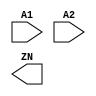
module AND2_X1_LVT(A1, A2, ZN);
  input A1;
  input A2;
  output ZN;
endmodule

module AND2_X2_LVT(A1, A2, ZN);
  input A1;
  input A2;
  output ZN;
endmodule

module AND2_X4_LVT(A1, A2, ZN);
  input A1;
  input A2;
  output ZN;
endmodule

module AND3_X1_LVT(A1, A2, A3, ZN);
  input A1;
  input A2;
  input A3;
  output ZN;
endmodule

module AND3_X2_LVT(A1, A2, A3, ZN);
  input A1;
  input A2;
  input A3;
  output ZN;
endmodule

module AND3_X4_LVT(A1, A2, A3, ZN);
  input A1;
  input A2;
  input A3;
  output ZN;
endmodule

module AND4_X1_LVT(A1, A2, A3, A4,ZN);
  input A1;
  input A2;
  input A3;
  input A4;
  output ZN;
endmodule

module AND4_X2_LVT(A1, A2, A3, A4,ZN);
  input A1;
  input A2;
  input A3;
  input A4;
  output ZN;
endmodule

module AND4_X4_LVT(A1, A2, A3, A4,ZN);
  input A1;
  input A2;
  input A3;
  input A4;
  output ZN;
endmodule

module ANTENNA_X1_LVT(A);
  input A;
endmodule

module AOI211_X1_LVT(A, B, C1, C2,ZN);
  input A;
  input B;
  input C1;
  input C2;
  output ZN;
endmodule

module AOI211_X2_LVT(A, B, C1, C2,ZN);
  input A;
  input B;
  input C1;
  input C2;
  output ZN;
endmodule

module AOI211_X4_LVT(A, B, C1, C2,ZN);
  input A;
  input B;
  input C1;
  input C2;
  output ZN;
endmodule

module AOI21_X1_LVT(A, B1, B2, ZN);
  input A;
  input B1;
  input B2;
  output ZN;
endmodule

module AOI21_X2_LVT(A, B1, B2, ZN);
  input A;
  input B1;
  input B2;
  output ZN;
endmodule

module AOI21_X4_LVT(A, B1, B2, ZN);
  input A;
  input B1;
  input B2;
  output ZN;
endmodule

module AOI221_X1_LVT(A, B1, B2, C1,C2, ZN);
  input A;
  input B1;
  input B2;
  input C1;
  input C2;
  output ZN;
endmodule

module AOI221_X2_LVT(A, B1, B2, C1,C2, ZN);
  input A;
  input B1;
  input B2;
  input C1;
  input C2;
  output ZN;
endmodule

module AOI221_X4_LVT(A, B1, B2, C1,C2, ZN);
  input A;
  input B1;
  input B2;
  input C1;
  input C2;
  output ZN;
endmodule

module AOI222_X1_LVT(A1, A2, B1, B2,C1, C2, ZN);
  input A1;
  input A2;
  input B1;
  input B2;
  input C1;
  input C2;
  output ZN;
endmodule

module AOI222_X2_LVT(A1, A2, B1, B2,C1, C2, ZN);
  input A1;
  input A2;
  input B1;
  input B2;
  input C1;
  input C2;
  output ZN;
endmodule

module AOI222_X4_LVT(A1, A2, B1, B2,C1, C2, ZN);
  input A1;
  input A2;
  input B1;
  input B2;
  input C1;
  input C2;
  output ZN;
endmodule

module AOI22_X1_LVT(A1, A2, B1, B2,ZN);
  input A1;
  input A2;
  input B1;
  input B2;
  output ZN;
endmodule

module AOI22_X2_LVT(A1, A2, B1, B2,ZN);
  input A1;
  input A2;
  input B1;
  input B2;
  output ZN;
endmodule

module AOI22_X4_LVT(A1, A2, B1, B2,ZN);
  input A1;
  input A2;
  input B1;
  input B2;
  output ZN;
endmodule

module BUF_X16_LVT(A, Z);
  input A;
  output Z;
endmodule

module BUF_X1_LVT(A, Z);
  input A;
  output Z;
endmodule

module BUF_X2_LVT(A, Z);
  input A;
  output Z;
endmodule

module BUF_X32_LVT(A, Z);
  input A;
  output Z;
endmodule

module BUF_X4_LVT(A, Z);
  input A;
  output Z;
endmodule

module BUF_X8_LVT(A, Z);
  input A;
  output Z;
endmodule

module CLKBUF_X1_LVT(A, Z);
  input A;
  output Z;
endmodule

module CLKBUF_X2_LVT(A, Z);
  input A;
  output Z;
endmodule

module CLKBUF_X3_LVT(A, Z);
  input A;
  output Z;
endmodule

/* module "CLKGATETST_X1_LVT_$_IQ"(CK, E, SE, IQ);
 *   input CK;
 *   input E;
 *   input SE;
 *   output IQ;
 * endmodule */

module CLKGATETST_X1_LVT(CK, E, GCK, SE);
    input CK;
    input E;
    input SE;
    output GCK;
endmodule

/* module "CLKGATETST_X2_LVT_$_IQ"(CK, E, SE, IQ);
 *   input CK;
 *   input E;
 *   input SE;
 *   output IQ;
 * endmodule */

module CLKGATETST_X2_LVT(CK, E, GCK, SE);
    input CK;
    input E;
    input SE;
    output GCK;
endmodule

/* module "CLKGATETST_X4_LVT_$_IQ"(CK, E, SE, IQ);
 *   input CK;
 *   input E;
 *   input SE;
 *   output IQ;
 * endmodule */

module CLKGATETST_X4_LVT(CK, E, GCK, SE);
    input CK;
    input E;
    input SE;
    output GCK;
endmodule

/* module "CLKGATETST_X8_LVT_$_IQ"(CK, E, SE, IQ);
 *   input CK;
 *   input E;
 *   input SE;
 *   output IQ;
 * endmodule */

module CLKGATETST_X8_LVT(CK, E, GCK, SE);
    input CK;
    input E;
    input SE;
    output GCK;
endmodule

/* module "CLKGATE_X1_LVT_$_IQ"(CK, E, IQ);
 *     input CK;
 *     input E;
 *     output IQ;
 * endmodule */

module CLKGATE_X1_LVT(CK, E, GCK);
  input CK;
  input E;
  output GCK;
endmodule

/* module "CLKGATE_X2_LVT_$_IQ"(CK, E, IQ);
 *     input CK;
 *     input E;
 *     output IQ;
 * endmodule */

module CLKGATE_X2_LVT(CK, E, GCK);
  input CK;
  input E;
  output GCK;
endmodule

/* module "CLKGATE_X4_LVT_$_IQ"(CK, E, IQ);
 *     input CK;
 *     input E;
 *     output IQ;
 * endmodule */

module CLKGATE_X4_LVT(CK, E, GCK);
  input CK;
  input E;
  output GCK;
endmodule

/* module "CLKGATE_X8_LVT_$_IQ"(CK, E, IQ);
 *     input CK;
 *     input E;
 *     output IQ;
 * endmodule */

module CLKGATE_X8_LVT(CK, E, GCK);
  input CK;
  input E;
  output GCK;
endmodule

module DFFRS_X1_LVT(CK, D, Q, QN,RN, SN);
  input CK;
  input D;
  input RN;
  input SN;
  output Q;
  output QN;
endmodule

module DFFRS_X2_LVT(CK, D, Q, QN,RN, SN);
  input CK;
  input D;
  input RN;
  input SN;
  output Q;
  output QN;
endmodule

module DFFR_X1_LVT(CK, D, Q, QN,RN);
  input CK;
  input D;
  input RN;
  output Q;
  output QN;
endmodule

module DFFR_X2_LVT(CK, D, Q, QN,RN);
  input CK;
  input D;
  input RN;
  output Q;
  output QN;
endmodule

module DFFS_X1_LVT(CK, D, Q, QN, SN);
  input CK;
  input D;
  input SN;
  output Q;
  output QN;
endmodule

module DFFS_X2_LVT(CK, D, Q, QN, SN);
  input CK;
  input D;
  input SN;
  output Q;
  output QN;
endmodule

module DFF_X1_LVT(CK, D, Q, QN);
  input CK;
  input D;
  output Q;
  output QN;
endmodule

module DFF_X2_LVT(CK, D, Q, QN);
  input CK;
  input D;
  output Q;
  output QN;
endmodule

module DLH_X1_LVT(D, G, Q);
  input D;
  input G;
  output Q;
endmodule

module DLH_X2_LVT(D, G, Q);
  input D;
  input G;
  output Q;
endmodule

module DLL_X1_LVT(D, GN, Q);
  input D;
  input GN;
  output Q;
endmodule

module DLL_X2_LVT(D, GN, Q);
  input D;
  input GN;
  output Q;
endmodule

module FA_X1_LVT(A, B, CI, CO,S);
  input A;
  input B;
  input CI;
  output CO;
  output S;
endmodule

module FILLCELL_X16_LVT();
endmodule

module FILLCELL_X1_LVT( );
endmodule

module FILLCELL_X2_LVT( );
endmodule

module FILLCELL_X32_LVT( );
endmodule

module FILLCELL_X4_LVT( );
endmodule

module FILLCELL_X8_LVT( );
endmodule

module HA_X1_LVT(A, B, CO, S);
  input A;
  input B;
  output CO;
  output S;
endmodule

module INV_X16_LVT(A, ZN);
  input A;
  output ZN;
endmodule

module INV_X1_LVT(A, ZN);
  input A;
  output ZN;
endmodule

module INV_X2_LVT(A, ZN);
  input A;
  output ZN;
endmodule

module INV_X32_LVT(A, ZN);
  input A;
  output ZN;
endmodule

module INV_X4_LVT(A, ZN);
  input A;
  output ZN;
endmodule

module INV_X8_LVT(A, ZN);
  input A;
  output ZN;
endmodule

module LOGIC0_X1_LVT(Z);
  output Z;
endmodule

module LOGIC1_X1_LVT(Z);
  output Z;
endmodule

module MUX2_X1_LVT(A, B, S, Z);
  input A;
  input B;
  input S;
  output Z;
endmodule

module MUX2_X2_LVT(A, B, S, Z);
  input A;
  input B;
  input S;
  output Z;
endmodule

module NAND2_X1_LVT(A1, A2, ZN);
  input A1;
  input A2;
  output ZN;
endmodule

module NAND2_X2_LVT(A1, A2, ZN);
  input A1;
  input A2;
  output ZN;
endmodule

module NAND2_X4_LVT(A1, A2, ZN);
  input A1;
  input A2;
  output ZN;
endmodule

module NAND3_X1_LVT(A1, A2, A3, ZN);
  input A1;
  input A2;
  input A3;
  output ZN;
endmodule

module NAND3_X2_LVT(A1, A2, A3, ZN);
  input A1;
  input A2;
  input A3;
  output ZN;
endmodule

module NAND3_X4_LVT(A1, A2, A3, ZN);
  input A1;
  input A2;
  input A3;
  output ZN;
endmodule

module NAND4_X1_LVT(A1, A2, A3, A4,ZN);
  input A1;
  input A2;
  input A3;
  input A4;
  output ZN;
endmodule

module NAND4_X2_LVT(A1, A2, A3, A4,ZN);
  input A1;
  input A2;
  input A3;
  input A4;
  output ZN;
endmodule

module NAND4_X4_LVT(A1, A2, A3, A4,ZN);
  input A1;
  input A2;
  input A3;
  input A4;
  output ZN;
endmodule

module NOR2_X1_LVT(A1, A2, ZN);
  input A1;
  input A2;
  output ZN;
endmodule

module NOR2_X2_LVT(A1, A2, ZN);
  input A1;
  input A2;
  output ZN;
endmodule

module NOR2_X4_LVT(A1, A2, ZN);
  input A1;
  input A2;
  output ZN;
endmodule

module NOR3_X1_LVT(A1, A2, A3, ZN);
  input A1;
  input A2;
  input A3;
  output ZN;
endmodule

module NOR3_X2_LVT(A1, A2, A3, ZN);
  input A1;
  input A2;
  input A3;
  output ZN;
endmodule

module NOR3_X4_LVT(A1, A2, A3, ZN);
  input A1;
  input A2;
  input A3;
  output ZN;
endmodule

module NOR4_X1_LVT(A1, A2, A3, A4,ZN);
  input A1;
  input A2;
  input A3;
  input A4;
  output ZN;
endmodule

module NOR4_X2_LVT(A1, A2, A3, A4,ZN);
  input A1;
  input A2;
  input A3;
  input A4;
  output ZN;
endmodule

module NOR4_X4_LVT(A1, A2, A3, A4, ZN);
  input A1;
  input A2;
  input A3;
  input A4;
  output ZN;
endmodule

module OAI211_X1_LVT(A, B, C1, C2, ZN);
  input A;
  input B;
  input C1;
  input C2;
  output ZN;
endmodule

module OAI211_X2_LVT(A, B, C1, C2, ZN);
  input A;
  input B;
  input C1;
  input C2;
  output ZN;
endmodule

module OAI211_X4_LVT(A, B, C1, C2, ZN);
  input A;
  input B;
  input C1;
  input C2;
  output ZN;
endmodule

module OAI21_X1_LVT(A, B1, B2, ZN);
  input A;
  input B1;
  input B2;
  output ZN;
endmodule

module OAI21_X2_LVT(A, B1, B2, ZN);
  input A;
  input B1;
  input B2;
  output ZN;
endmodule

module OAI21_X4_LVT(A, B1, B2, ZN);
  input A;
  input B1;
  input B2;
  output ZN;
endmodule

module OAI221_X1_LVT(A, B1, B2, C1,C2, ZN);
  input A;
  input B1;
  input B2;
  input C1;
  input C2;
  output ZN;
endmodule

module OAI221_X2_LVT(A, B1, B2, C1,C2, ZN);
  input A;
  input B1;
  input B2;
  input C1;
  input C2;
  output ZN;
endmodule

module OAI221_X4_LVT(A, B1, B2, C1,C2, ZN);
  input A;
  input B1;
  input B2;
  input C1;
  input C2;
  output ZN;
endmodule

module OAI222_X1_LVT(A1, A2, B1, B2,C1, C2, ZN);
  input A1;
  input A2;
  input B1;
  input B2;
  input C1;
  input C2;
  output ZN;
endmodule

module OAI222_X2_LVT(A1, A2, B1, B2,C1, C2, ZN);
  input A1;
  input A2;
  input B1;
  input B2;
  input C1;
  input C2;
  output ZN;
endmodule

module OAI222_X4_LVT(A1, A2, B1, B2,C1, C2, ZN);
  input A1;
  input A2;
  input B1;
  input B2;
  input C1;
  input C2;
  output ZN;
endmodule

module OAI22_X1_LVT(A1, A2, B1, B2,ZN);
  input A1;
  input A2;
  input B1;
  input B2;
  output ZN;
endmodule

module OAI22_X2_LVT(A1, A2, B1, B2,ZN);
  input A1;
  input A2;
  input B1;
  input B2;
  output ZN;
endmodule

module OAI22_X4_LVT(A1, A2, B1, B2,ZN);
  input A1;
  input A2;
  input B1;
  input B2;
  output ZN;
endmodule

module OAI33_X1_LVT(A1, A2, A3, B1,B2, B3, ZN);
  input A1;
  input A2;
  input A3;
  input B1;
  input B2;
  input B3;
  output ZN;
endmodule

module OR2_X1_LVT(A1, A2, ZN);
  input A1;
  input A2;
  output ZN;
endmodule

module OR2_X2_LVT(A1, A2, ZN);
  input A1;
  input A2;
  output ZN;
endmodule

module OR2_X4_LVT(A1, A2, ZN);
  input A1;
  input A2;
  output ZN;
endmodule

module OR3_X1_LVT(A1, A2, A3, ZN);
  input A1;
  input A2;
  input A3;
  output ZN;
endmodule

module OR3_X2_LVT(A1, A2, A3, ZN);
  input A1;
  input A2;
  input A3;
  output ZN;
endmodule

module OR3_X4_LVT(A1, A2, A3, ZN);
  input A1;
  input A2;
  input A3;
  output ZN;
endmodule

module OR4_X1_LVT(A1, A2, A3, A4, ZN);
  input A1;
  input A2;
  input A3;
  input A4;
  output ZN;
endmodule

module OR4_X2_LVT(A1, A2, A3, A4, ZN);
  input A1;
  input A2;
  input A3;
  input A4;
  output ZN;
endmodule

module OR4_X4_LVT(A1, A2, A3, A4, ZN);
  input A1;
  input A2;
  input A3;
  input A4;
  output ZN;
endmodule

module SDFFRS_X1_LVT(CK, D, Q, QN,RN, SE, SI, SN);
  input CK;
  input D;
  input RN;
  input SE;
  input SI;
  input SN;
  output Q;
  output QN;
endmodule

module SDFFRS_X2_LVT(CK, D, Q, QN,RN, SE, SI, SN);
  input CK;
  input D;
  input RN;
  input SE;
  input SI;
  input SN;
  output Q;
  output QN;
endmodule

module SDFFR_X1_LVT(CK, D, Q, QN,RN, SE, SI);
  input CK;
  input D;
  input RN;
  input SE;
  input SI;
  output Q;
  output QN;
endmodule

module SDFFR_X2_LVT(CK, D, Q, QN,RN, SE, SI);
  input CK;
  input D;
  input RN;
  input SE;
  input SI;
  output Q;
  output QN;
endmodule

module SDFFS_X1_LVT(CK, D, Q, QN, SE, SI, SN);
  input CK;
  input D;
  input SE;
  input SI;
  input SN;
  output Q;
  output QN;
endmodule

module SDFFS_X2_LVT(CK, D, Q, QN, SE, SI, SN);
  input CK;
  input D;
  input SE;
  input SI;
  input SN;
  output Q;
  output QN;
endmodule

module SDFF_X1_LVT(CK, D, Q, QN,SE, SI);
  input CK;
  input D;
  input SE;
  input SI;
  output Q;
  output QN;
endmodule

module SDFF_X2_LVT(CK, D, Q, QN,SE, SI);
  input CK;
  input D;
  input SE;
  input SI;
  output Q;
  output QN;
endmodule

module TBUF_X16_LVT(A, EN, Z);
  input A;
  input EN;
  output Z;
endmodule

module TBUF_X1_LVT(A, EN, Z);
  input A;
  input EN;
  output Z;
endmodule

module TBUF_X2_LVT(A, EN, Z);
  input A;
  input EN;
  output Z;
endmodule

module TBUF_X4_LVT(A, EN, Z);
  input A;
  input EN;
  output Z;
endmodule

module TBUF_X8_LVT(A, EN, Z);
  input A;
  input EN;
  output Z;
endmodule

module TINV_X1_LVT(EN, I, ZN);
  input EN;
  input I;
  output ZN;
endmodule

module TLAT_X1_LVT(D, G, OE, Q);
  input D;
  input G;
  input OE;
  output Q;
endmodule

module XNOR2_X1_LVT(A, B, ZN);
  input A;
  input B;
  output ZN;
endmodule

module XNOR2_X2_LVT(A, B, ZN);
  input A;
  input B;
  output ZN;
endmodule

module XOR2_X1_LVT(A, B, Z);
  input A;
  input B;
  output Z;
endmodule

module XOR2_X2_LVT(A, B, Z);
  input A;
  input B;
  output Z;
endmodule